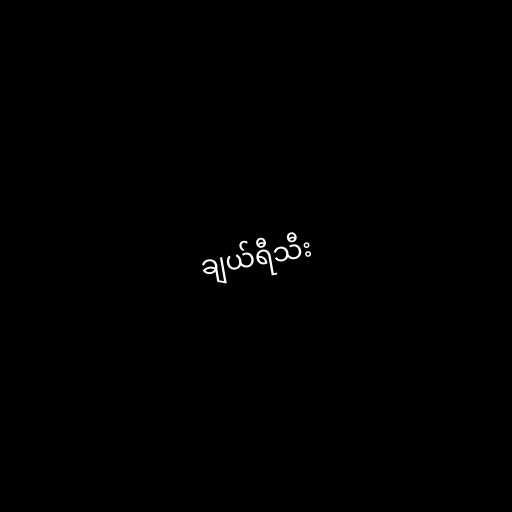
ချယ်ရီသီး